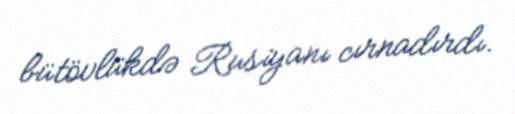
bütövlükdə Rusiyanı cırnadırdı.